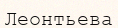
Леонтьева